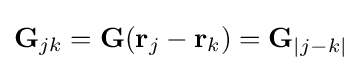
\mathbf {G} _{jk}=\mathbf {G} (\mathbf {r} _{j}-\mathbf {r} _{k})=\mathbf {G} _{|j-k|}